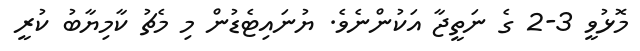
މޮޅުވީ 3-2 ގެ ނަތީޖާ އަކުންނެވެ. ޔުނައިޓެޑުން މި މެޗު ކާމިޔާބު ކުރީ